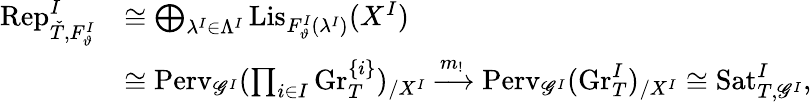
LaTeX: \begin{array}{rl}{\mathrm{Rep}_{\check{T},F_{\vartheta}^{I}}^{I}}&{\cong\bigoplus_{\lambda^{I}\in\Lambda^{I}}\mathrm{Lis}_{F_{\vartheta}^{I}(\lambda^{I})}(X^{I})}\\ &{\cong\mathrm{Perv}_{\mathscr G^{I}}(\prod_{i\in I}\mathrm{Gr}_{T}^{\{ i\} })_{/X^{I}}\xrightarrow{m_{!}}\mathrm{Perv}_{\mathscr G^{I}}(\mathrm{Gr}_{T}^{I})_{/X^{I}}\cong\mathrm{Sat}_{T,\mathscr G^{I}}^{I},}\end{array}